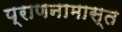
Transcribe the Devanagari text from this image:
प्राणनामास्त